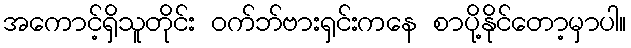
အကောင့်ရှိသူတိုင်း ဝက်ဘ်ဗားရှင်းကနေ စာပို့နိုင်တော့မှာပါ။